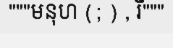
"""មនុហ (; ) , រឺ"""